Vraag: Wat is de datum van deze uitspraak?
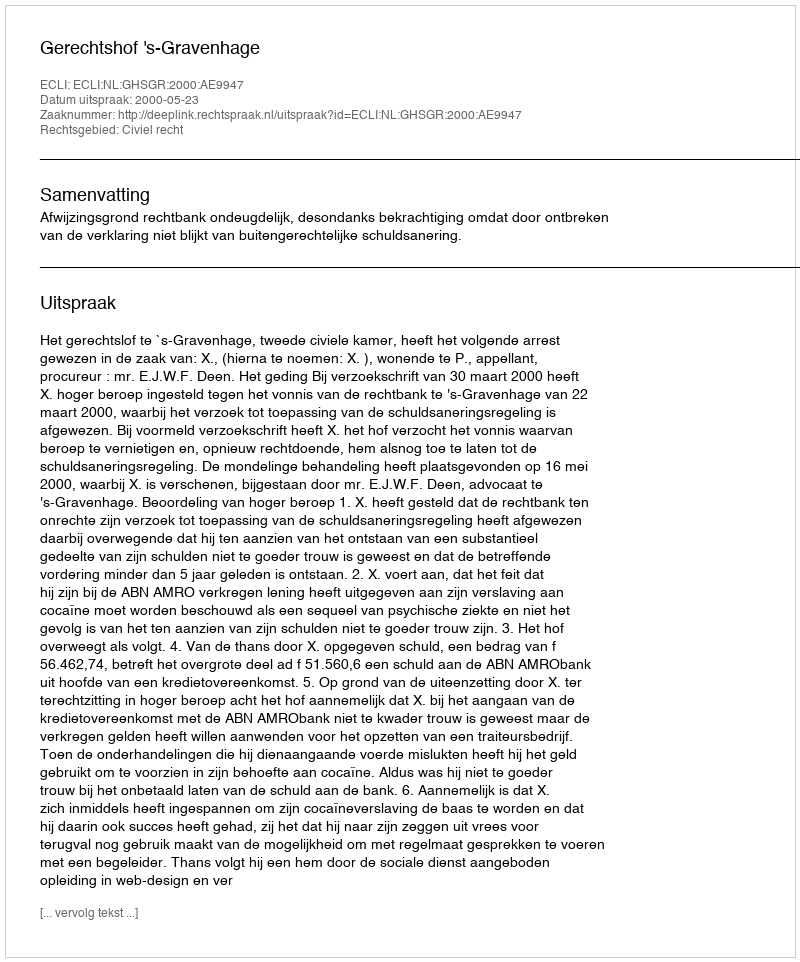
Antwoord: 2000-05-23